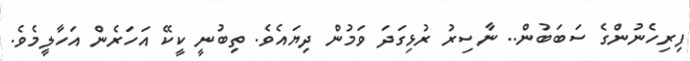
ފިރިހެނުންގެ ސަބަބުން.. ނާސިރު ރުޅިގަދަ ވަމުން ދިޔައެވެ. ތިބުނީ ކީކޭ އަހަރެން އަހާލީމެވެ.